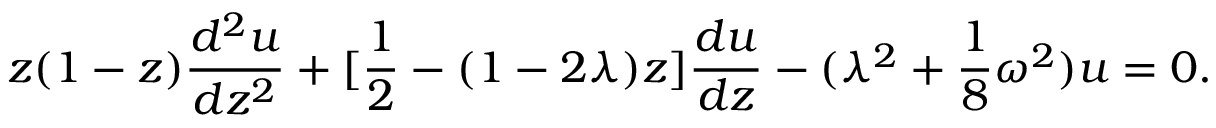
z ( 1 - z ) { \frac { d ^ { 2 } u } { d z ^ { 2 } } } + [ { \frac { 1 } { 2 } } - ( 1 - 2 \lambda ) z ] { \frac { d u } { d z } } - ( \lambda ^ { 2 } + { \frac { 1 } { 8 } } \omega ^ { 2 } ) u = 0 .